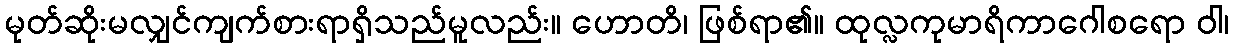
မုတ်ဆိုးမလျှင်ကျက်စားရာရှိသည်မူလည်း။ ဟောတိ၊ ဖြစ်ရာ၏။ ထုလ္လကုမာရိကာဂေါစရော ဝါ၊